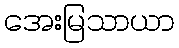
အေးမြသာယာ